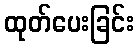
ထုတ်ပေးခြင်း